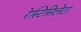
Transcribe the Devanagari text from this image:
रेस्टिसिलेटा